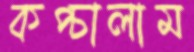
কপ্‌চালাম